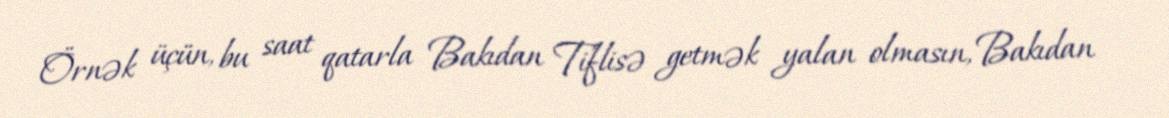
Örnək üçün, bu saat qatarla Bakıdan Tiflisə getmək yalan olmasın, Bakıdan